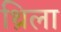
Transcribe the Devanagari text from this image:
थ्रिला